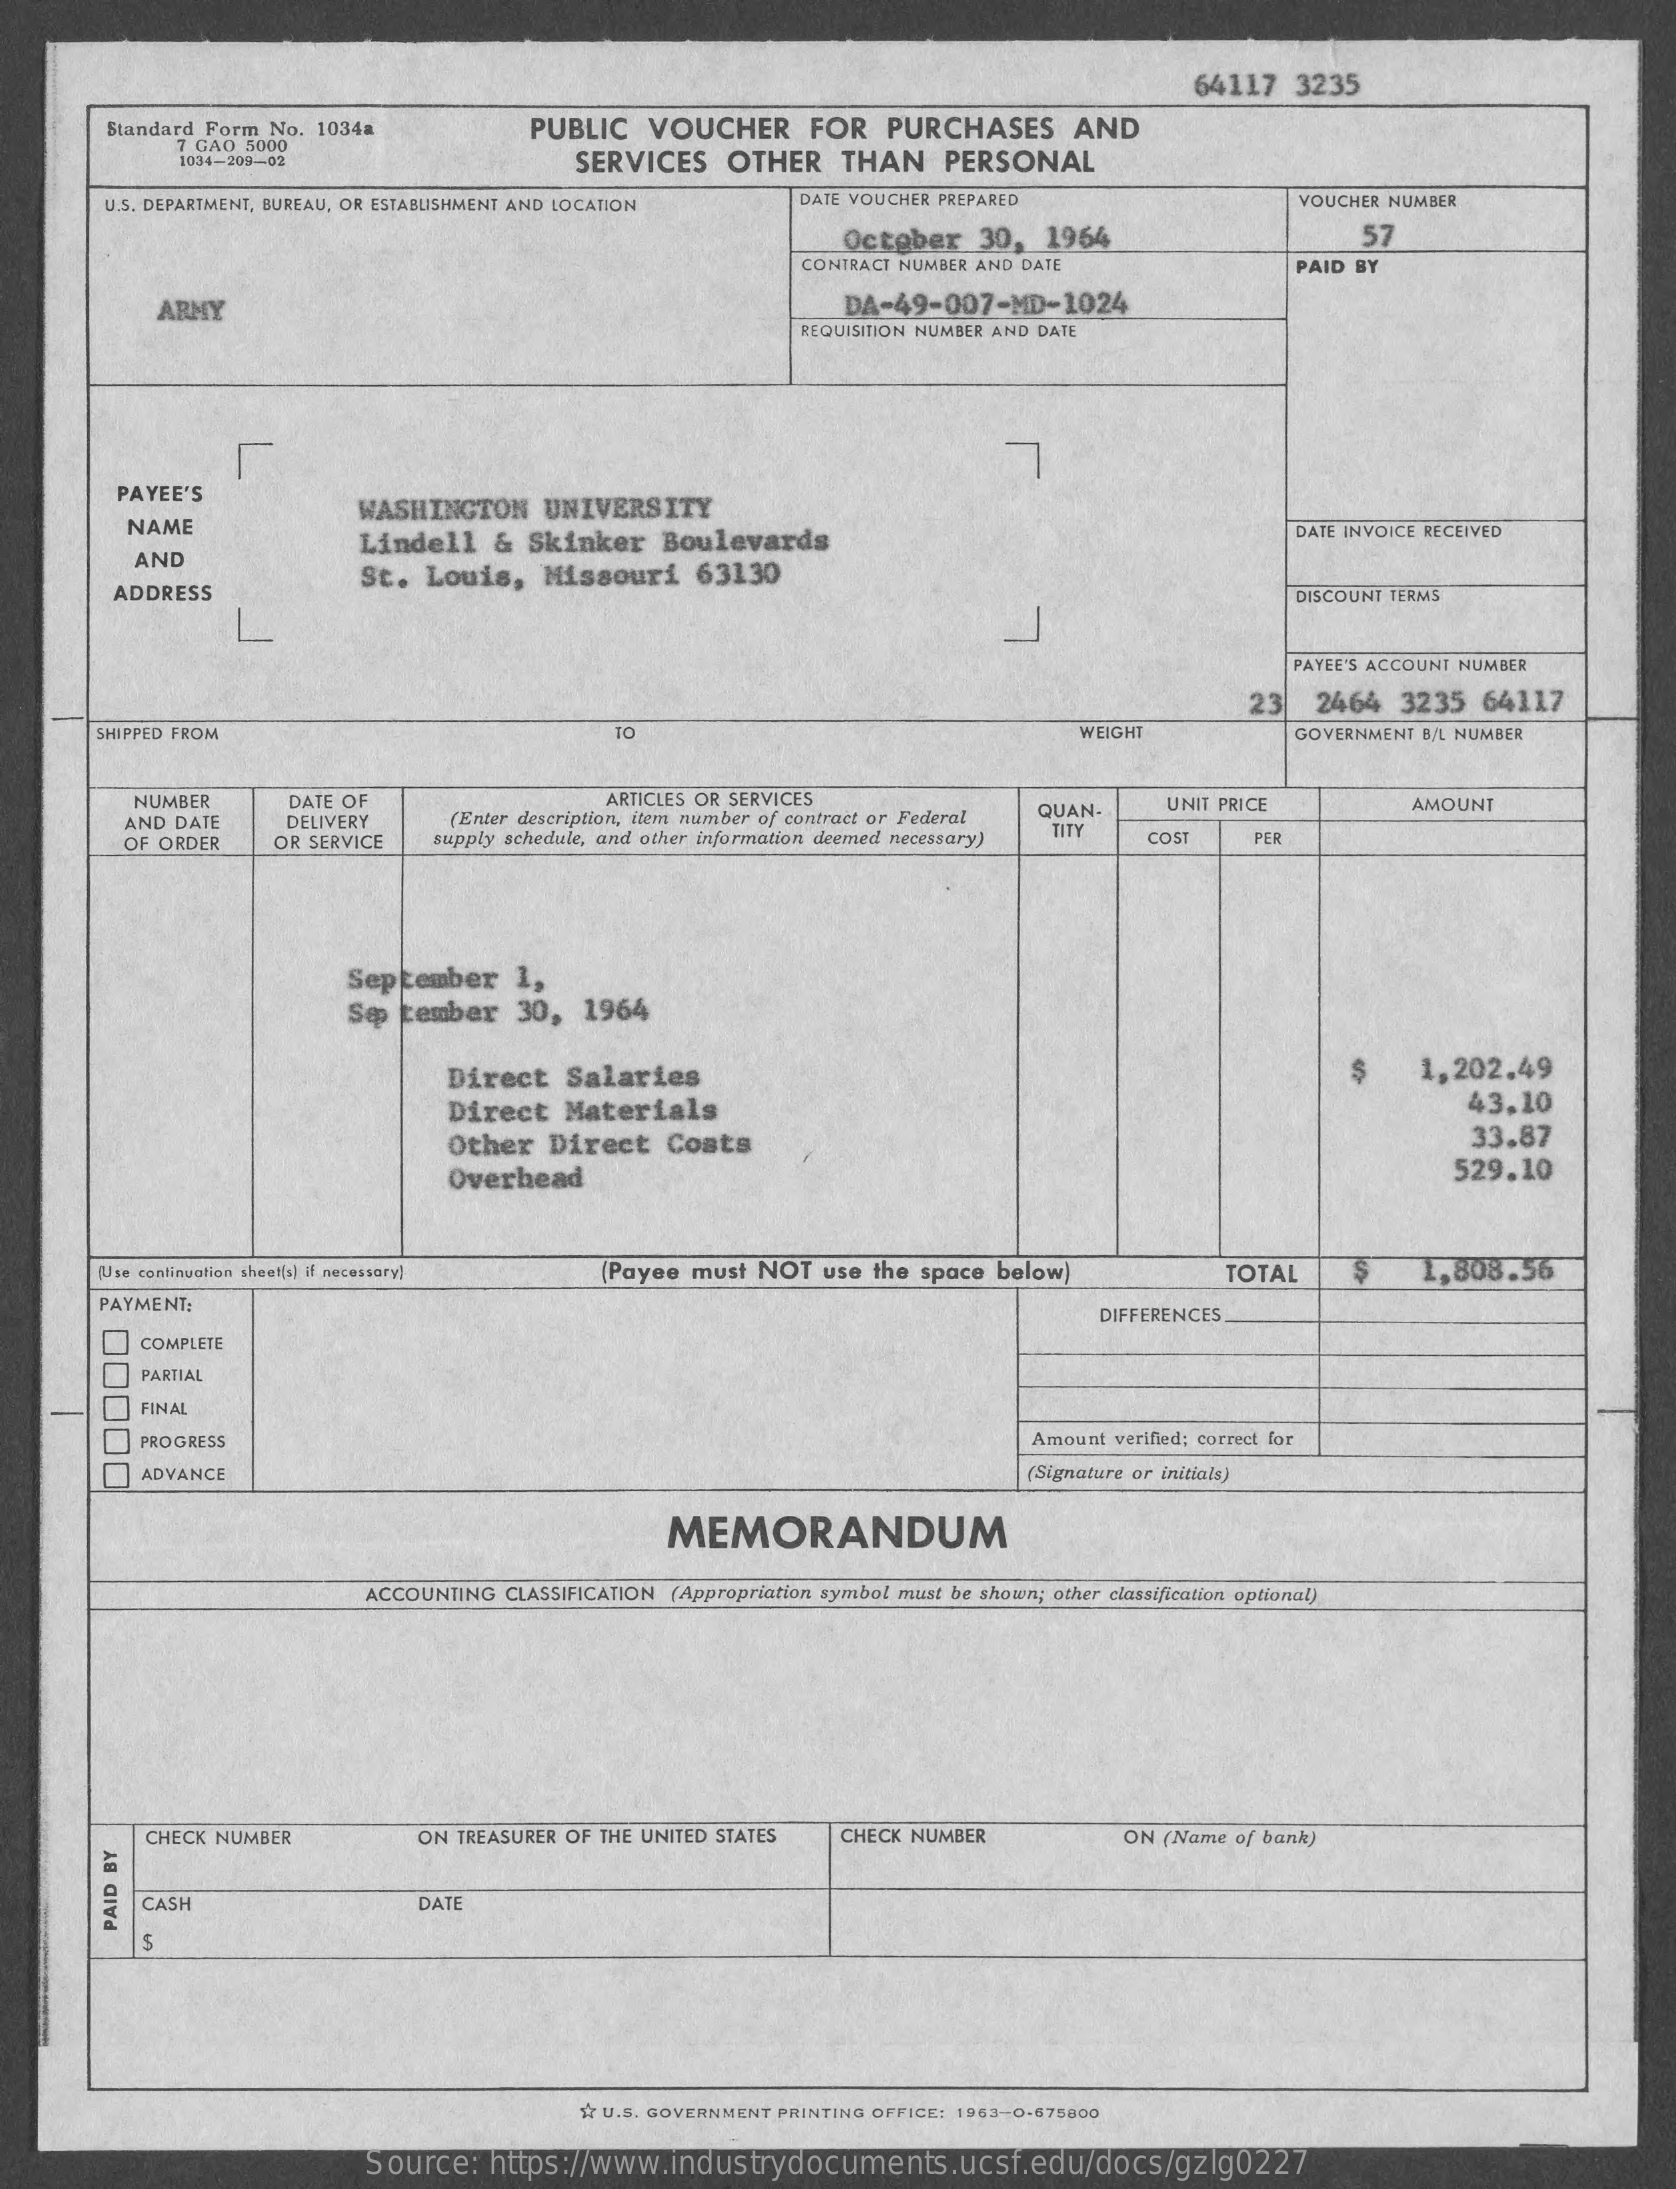
64117 3235
     Standard Form No. 1034a  PUBLIC VOUCHER  FOR  PURCHASES  AND
     T GAO 5000
     1034-209-02    SERVICES OTHER THAN  PERSONAL
     U.S. DEPARTMENT, BUREAU, OR ESTABLISHMENT AND LOCATION DATE VOUCHER PREPARED VOUCHER NUMBER
     October 30, 1964    57
     CONTRACT NUMBER AND DATE    PAID BY
     ARMY    DA-49-007-MD-1024
     REQUISITION NUMBER AND DATE
     PAYEE'S
     NAME
     WASHINGTON UNIVERSITY
     Lindell & Skinker Boulevards    DATE INVOICE RECEIVED
     AND
     ADDRESS
     St. Louis, Missouri 63130
     DISCOUNT TERMS
     PAYEE'S ACCOUNT NUMBER
     23  2464 3235 64117
     SHIPPED FROM    WEIGHT    GOVERNMENT B/L NUMBER
     NUMBER   DATE OF    ARTICLES OR SERVICES
     AND DATE DELIVERY  (Enter description, item number of contract or Federal QUAN- UNIT PRICE AMOUNT
     OF ORDER OR SERVICE supply schedule, and other information deemed necessary) TITY COST PER
     September 1,
     Se tember 30, 1964
     Direct Salaries    $   1,202.49
     Direct Materials    43,10
     Other Direct Costs    33.87
     Overhead    529.10
     [Use continuation sheet(s) if necessary) (Payee must NOT use the space below) TOTAL 1,808.56
     PAYMENT:
     DIFFERENCES.
     00000
     COMPLETE
     PARTIAL
     FINAL
     PROGRESS    Amount verified; correct for
     ADVANCE    Signature or initials)
     MEMORANDUM
     ACCOUNTING CLASSIFICATION (Appropriation symbol must be shown; other classification option
     CHECK NUMBER    ON TREASURER OF THE UNITED STATES CHECK NUMBER ON (Name of bank)
     CASH    DATE PAID
     BY
     17 U.S. GOVERNMENT PRINTING OFFICE: 1963-0-675800
     Source: https://www.industrydocuments.ucsf.edu/docs/gzlg0227